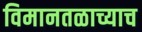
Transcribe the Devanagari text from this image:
विमानतळाच्याच